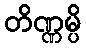
တိဏ္ဏမ္ပိ